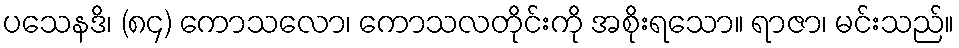
ပသေနဒိ၊ (၈၄) ကောသလော၊ ကောသလတိုင်းကို အစိုးရသော။ ရာဇာ၊ မင်းသည်။